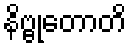
နိဗ္ဗုတောတိ